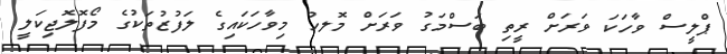
ޕްލީސް ވާހަކަ ވަރަށް ރީތި ބަސްމަގު ވަރަށް މޮލހު މިވާހަކައިގެ ލަފުޒުތަކުގެ މޯފޮލޮޖިކަލީ